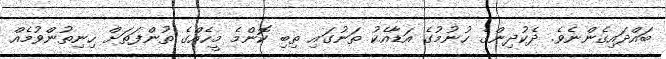
ބައްދައިގެންނެވެ. ދެކުދިންގެ ހުނުމުގެ އަޑާއެކު ތަނުގައި ތިބި ކޮންމެ މީހެއްގެ ތުންފަތަށް ހިނިތުންވުމެއް